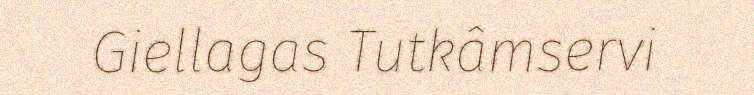
Giellagas Tutkâmservi